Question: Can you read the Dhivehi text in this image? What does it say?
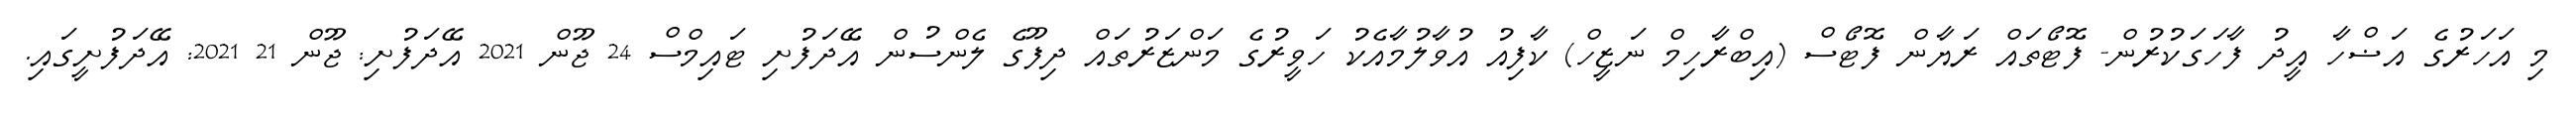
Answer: މި އަހަރުގެ އަޟްހާ އީދު ފާހަގަކުރުން- ފޮޓޯތައް ރަޔާން ފޮޓޯސް (އިބްރާހިމް ނަޒީހް) ކާފިއު އުވާލުމާއެކު ހަވީރުގެ މަންޒަރުތައް ދިފޫގެ ލެންސުން އޭދަފުށި ޓައިމްސް 24 ޖޫން 2021 އޭދަފުށި: ޖޫން 21 2021: އޭދަފުށީގައި.